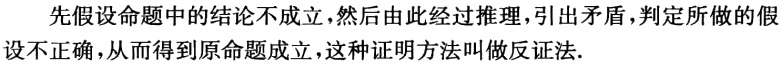
先假设命题中的结论不成立，然后由此经过推理，引出矛盾，判定所做的假设不正确，从而得到原命题成立，这种证明方法叫做反证法.